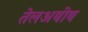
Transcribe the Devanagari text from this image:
तेलअबीब